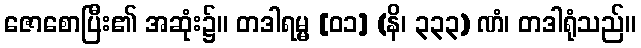
ဇောစောပြီး၏ အဆုံး၌။ တဒါရမ္မ [၀၁] (နိ၊ ၃၃၃) ဏံ၊ တဒါရုံသည်။